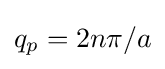
q_{p}=2n\pi /a